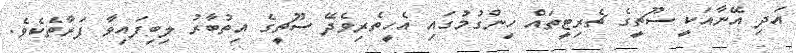
އަދި އޭނާއަކީ ސޫޗީގެ ޗެރިޓީތައް ހިންގުމުގައި އެހީތެރިވެދޭ ސޫޗީގެ އިތުބާރު ލިބިފައިވާ ފަރާތެކެވެ.